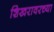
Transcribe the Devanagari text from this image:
शिखरावरच्या